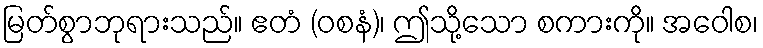
မြတ်စွာဘုရားသည်။ ဧတံ (ဝစနံ)၊ ဤသို့သော စကားကို။ အဝေါစ၊